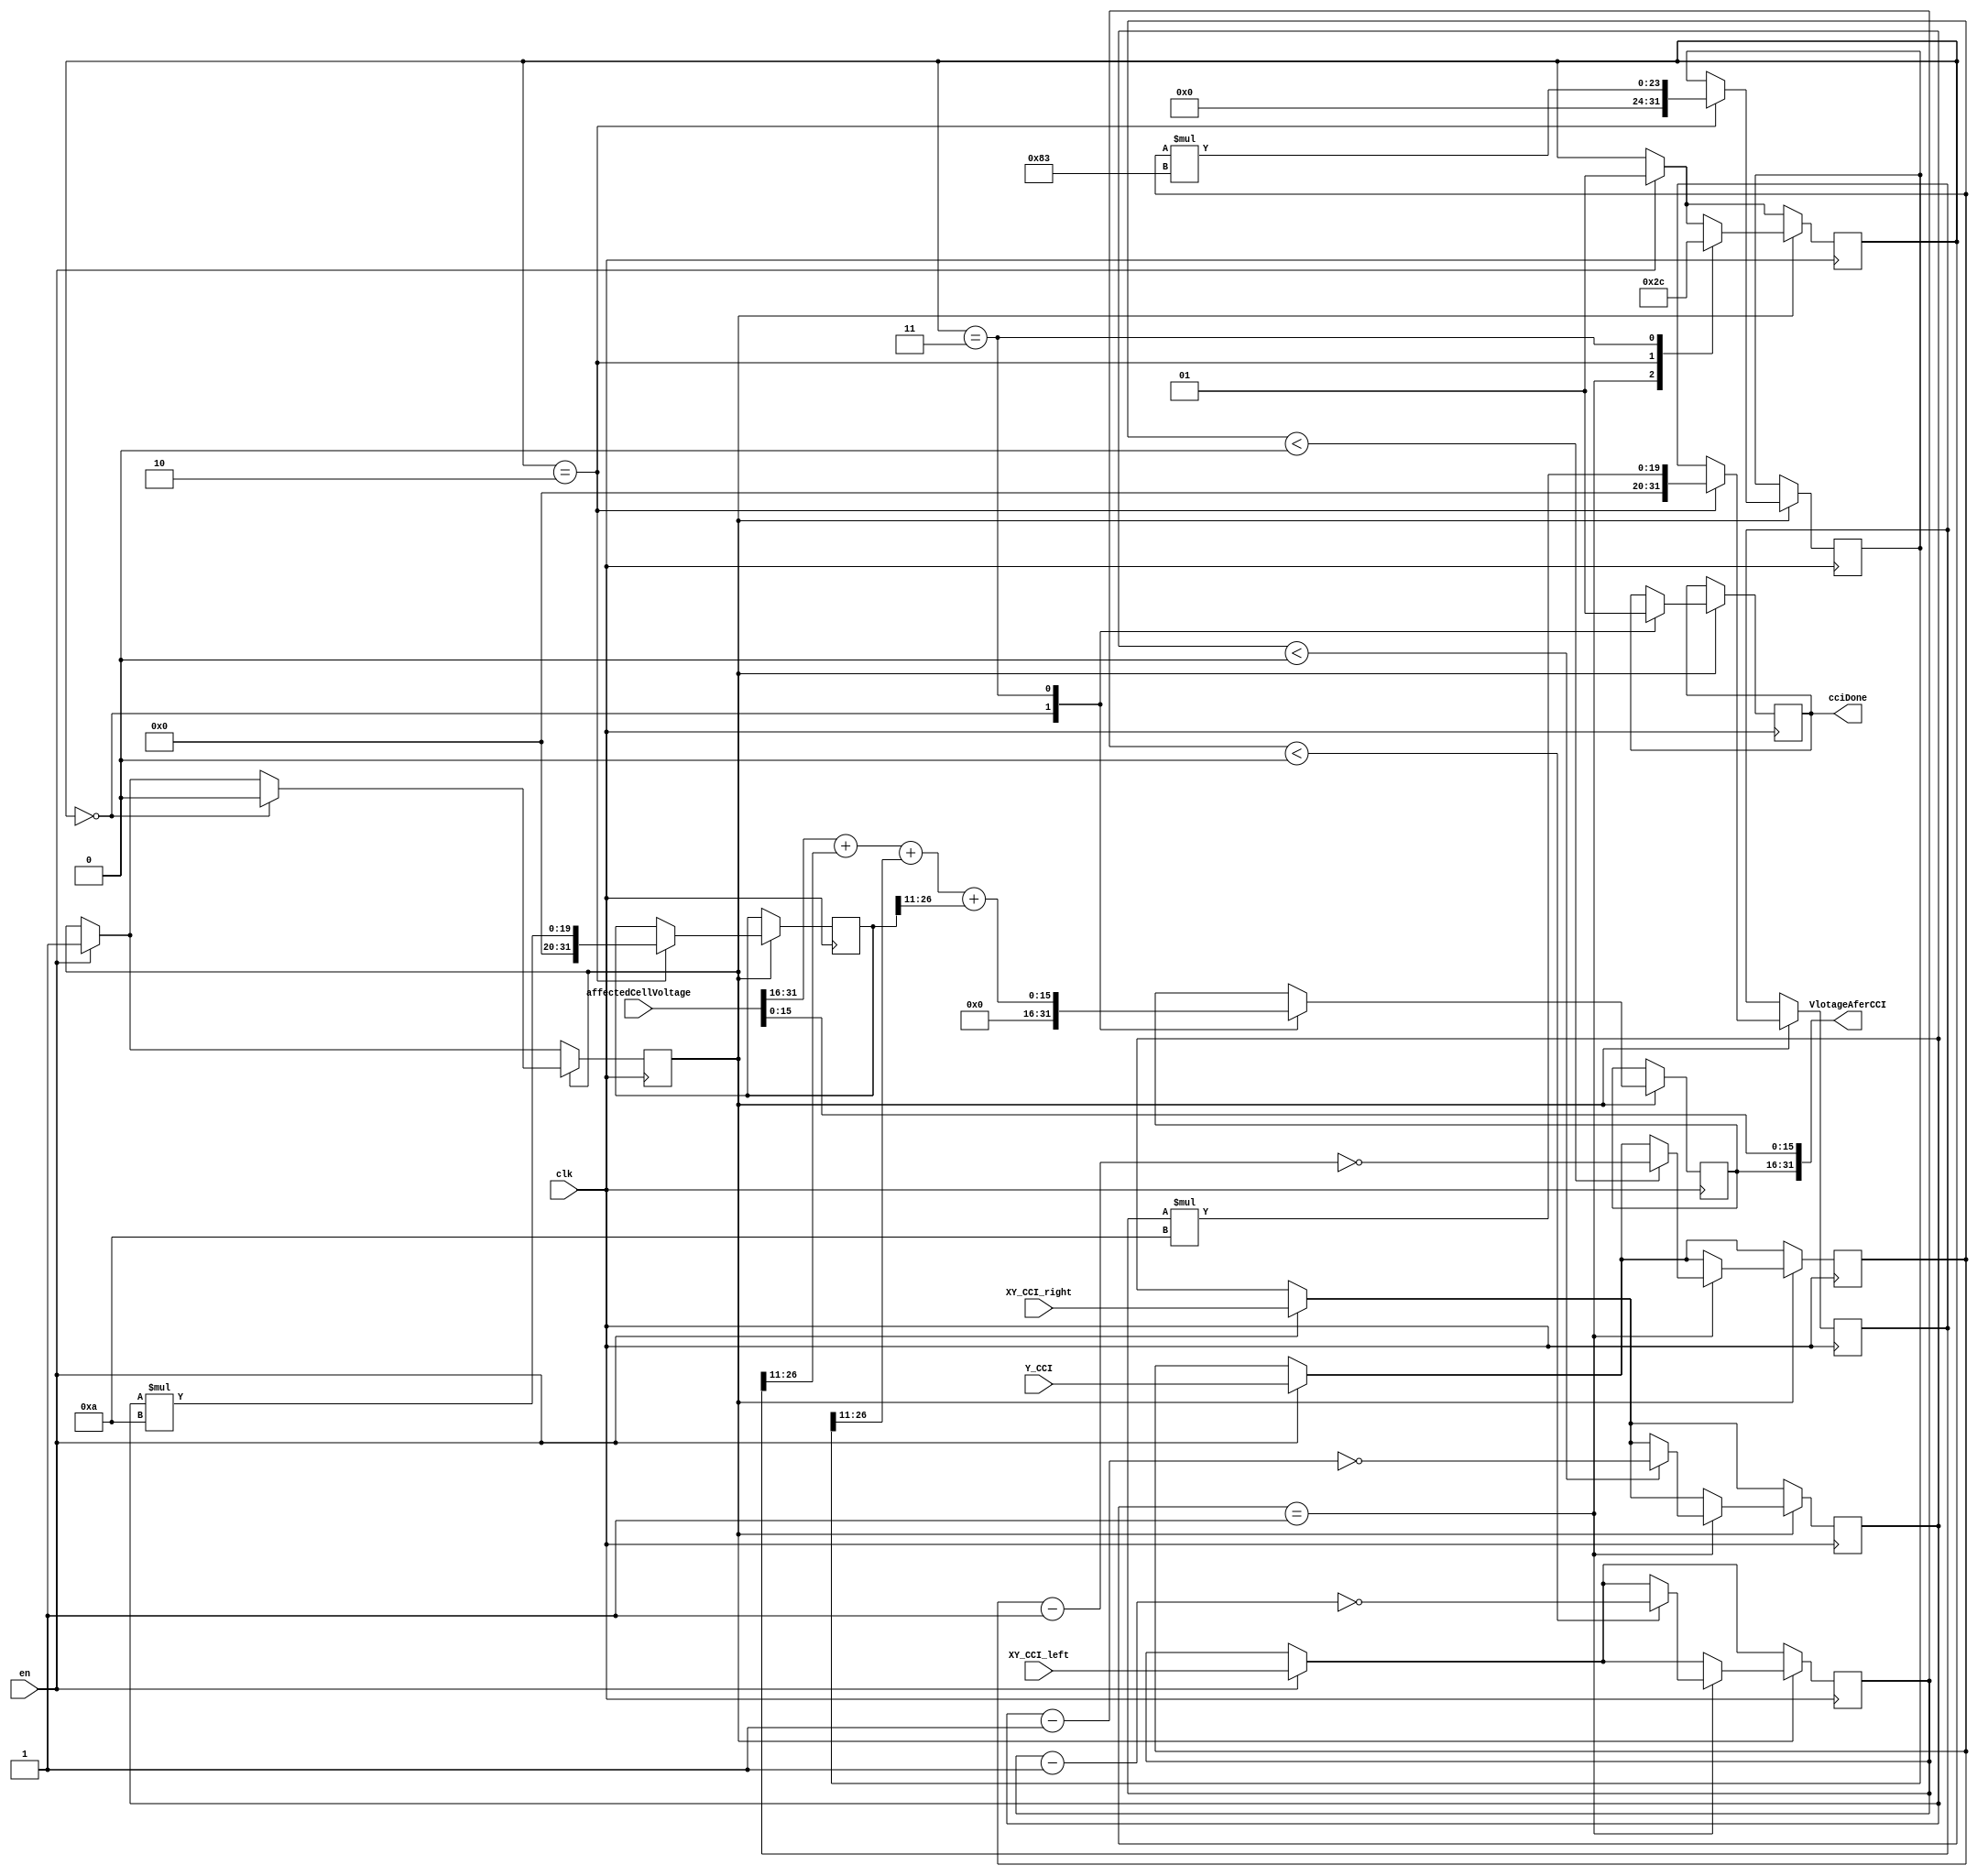
module CCI_distortion(
    input 				clk,
    input 				en,
    input 	[31:0]	affectedCellVoltage,
	 
    input 	[15:0]	XY_CCI_left,
    input 	[15:0]	Y_CCI,
    input 	[15:0]	XY_CCI_right,
	 
    output 	[31:0]	VlotageAferCCI,
	 output  			cciDone
    );
	 
	 
	 parameter sigmaY = 15'd131	;			// 0.064  * (2^11) = 131.072
	 parameter sigmaXY = 15'd10	;			//	0.0048 * (2^11) = 9.8304
	 
	 reg									startCCI=0;
	 reg		signed		[15:0]	absDeltaValueXY1;
	 reg		signed		[15:0]	absDeltaValueY;
	 reg		signed		[15:0]	absDeltaValueXY2;
	 reg						[31:0]	V_tmp1;
	 reg						[31:0]	V_tmp2;
	 reg						[31:0]	V_tmp3;
	 reg						[1:0]		state;
	 
	 reg						[15:0]   VlotageAferCCI_tmp;	
	 reg									cciDoneFlag;
		
	
	always @( posedge clk )
	begin
		if(en)
		begin
			startCCI 			<= 1'b1;
			absDeltaValueXY1 	<= XY_CCI_left;
			absDeltaValueY 	<= Y_CCI;
			absDeltaValueXY2	<=	XY_CCI_right;
			state					<= 2'd1;
		end

		if(startCCI==1'b1)
		begin
			case (state)
				2'd0:
						begin
							cciDoneFlag <= 1'b0;	
							VlotageAferCCI_tmp <= 32'd0;
							startCCI <=1'b0;
						end
				2'd1:
						begin
							if( absDeltaValueXY1 < 0	)                       	//deal with negative DeltaValueXY1
								absDeltaValueXY1 <= ~(absDeltaValueXY1 - 16'd1);   //complement transform
								
							if( absDeltaValueY <  0	)
								absDeltaValueY <= ~(absDeltaValueY - 16'd1);
								
							if( absDeltaValueXY2 <  0	)
								absDeltaValueXY2 <= ~(absDeltaValueXY2 - 16'd1)	;
							
							state	<= 2'd2;				
						end
				2'd2:
						begin
							V_tmp1 <= absDeltaValueXY1 * sigmaXY;
							V_tmp2 <= absDeltaValueY   * sigmaY;
							V_tmp3 <= absDeltaValueXY2 * sigmaXY;
							state	 <= 2'd3;
						end
				2'd3:
						begin
							VlotageAferCCI_tmp <= affectedCellVoltage[31:16] + V_tmp1[26:11] +V_tmp2[26:11] + V_tmp3[26:11];
							cciDoneFlag <= 1'b1;	
							state	<= 2'd0;
						end
				default:	
					VlotageAferCCI_tmp <= 16'd0;
			endcase 
		end		// end if(startCCI==1'b1)
	end			// end always
	
	
	assign VlotageAferCCI = { {VlotageAferCCI_tmp},{affectedCellVoltage[15:0]} };
	assign cciDone  		 =	cciDoneFlag;

endmodule